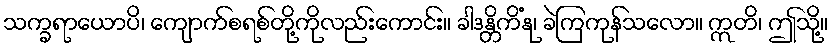
သက္ခရာယောပိ၊ ကျောက်စရစ်တို့ကိုလည်းကောင်း။ ခါဒန္တိကိံနု၊ ခဲကြကုန်သလော။ ဣတိ၊ ဤသို့။